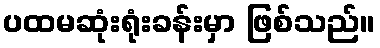
ပထမဆုံးရုံးခန်းမှာ ဖြစ်သည်။